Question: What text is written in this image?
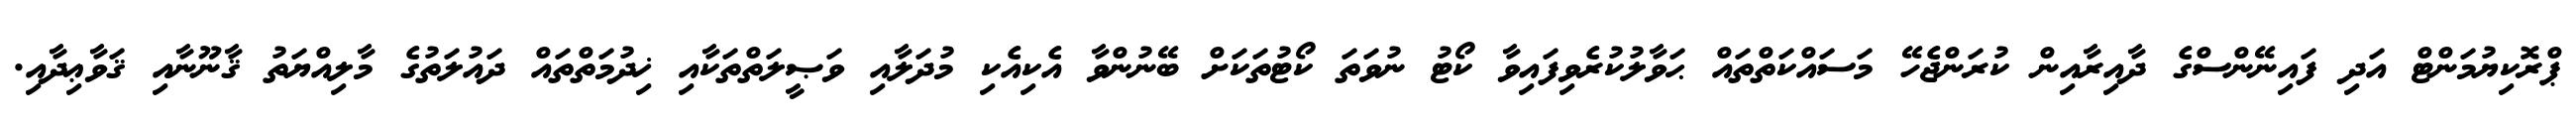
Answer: ޕްރޮކިޔުމަންޓް އަދި ފައިނޭންސްގެ ދާއިރާއިން ކުރަންޖެހޭ މަސައްކަތްތައް ޙަވާލުކުރެވިފައިވާ ކޯޓު ނުވަތަ ކޯޓުތަކަށް ބޭނުންވާ އެކިއެކި މުދަލާއި ވަޞީލަތްތަކާއި ޚިދުމަތްތައް ދައުލަތުގެ މާލިއްޔަތު ޤާނޫނާއި ޤަވާޢިދާއި.